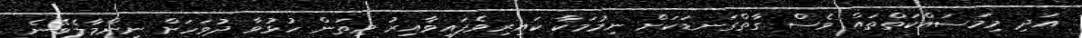
އަދި މިމަސައްކަތްތައް ވެސް ގާތްގަނޑަކަށް ނިމުމަކާ ކައިރިވެފައިވާއިރު މިތަން ހުޅުވާ ދުވަހަށް ނިންމާލެވޭނެ